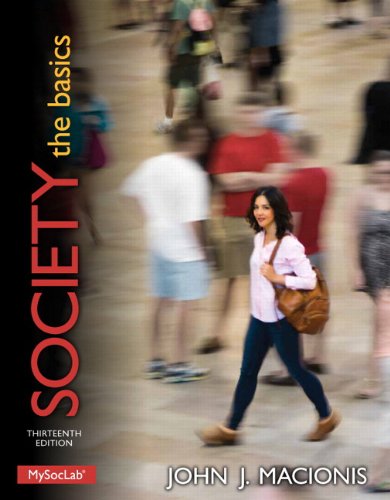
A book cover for Society: The Basics (13th Edition); John J. Macionis; Politics & Social Sciences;